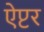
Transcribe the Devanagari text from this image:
ऐप्टर